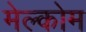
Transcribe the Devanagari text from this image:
मेल्कोम